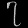
Digit: ၇